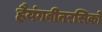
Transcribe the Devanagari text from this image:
हैयंगवीनरसिको